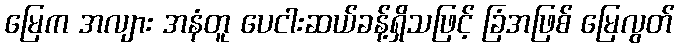
မြေက အလျား အနံတူ ပေငါးဆယ်ခန့်ရှိသဖြင့် ခြံအဖြစ် မြေလွတ်